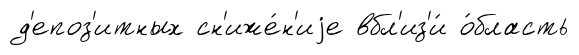
д'епоз'итных сн'иже́н'иjе вбл'из'и́ о́бласть